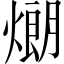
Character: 𤎜